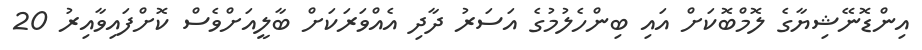
އިންޑޮނޭޝިޔާގެ ލޮމްބޮކަށް އައި ބިންހެލުމުގެ އަސަރު ދާދި އެއްވަރަކަށް ބާލީއަށްވެސް ކޮށްފައިވާއިރު 20